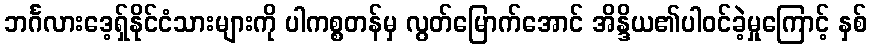
ဘင်္ဂလားဒေ့ရှ်နိုင်ငံသားများကို ပါကစ္စတန်မှ လွတ်မြောက်အောင် အိန္ဒိယ၏ပါဝင်ခဲ့မှုကြောင့် နှစ်